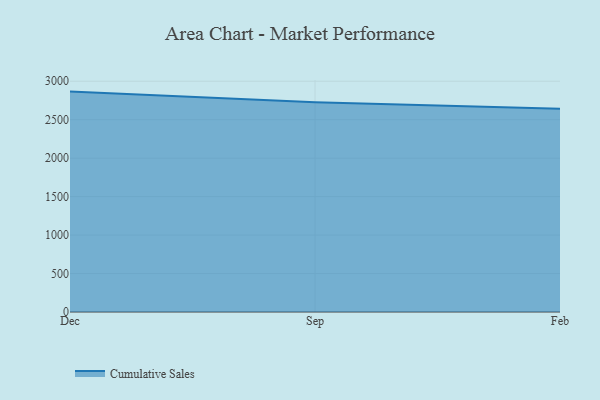
{"axis": {"x": "Month", "y": "LTV (USD)"}, "legend": ["Cumulative Sales"], "data": [{"x": "Dec", "y": 2865.3, "type": "Cumulative Sales"}, {"x": "Sep", "y": 2727.0, "type": "Cumulative Sales"}, {"x": "Feb", "y": 2643.6, "type": "Cumulative Sales"}]}